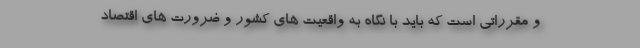
و مقرراتی است که باید با نگاه به واقعیت های کشور و ضرورت های اقتصاد